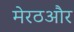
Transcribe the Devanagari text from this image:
मेरठऔर